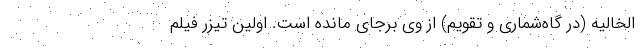
الخالیه (در گاه‌شماری و تقویم) از وی برجای مانده است. اولین تیزر فیلم